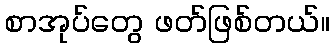
စာအုပ်တွေ ဖတ်ဖြစ်တယ်။